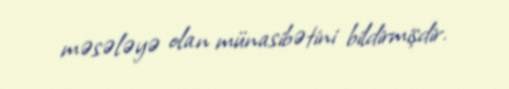
məsələyə olan münasibətini bildirmişdir.